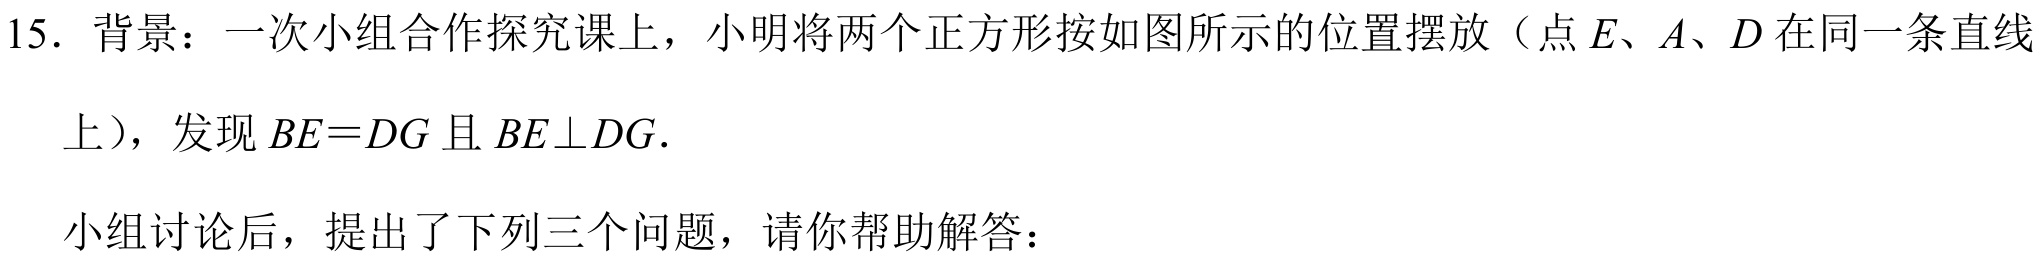
15. 背景：一次小组合作探究课上，小明将两个正方形按如图所示的位置摆放（点\(E、A、D\)在同一条直线
上），发现\(BE = DG\)且\(BE\perp DG\).
小组讨论后，提出了下列三个问题，请你帮助解答：